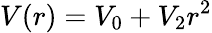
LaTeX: V(r)=V_{0}+V_{2}r^{2}